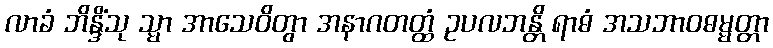
လာခံ ဘိန္ဒိံသု သ္မာ အာသေဝိတွာ အနာဂတတ္ထံ ဥပလဘန္တိ ရာဓံ အသဘာဝဓမ္မတ္တာ